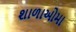
શાળાઓમા